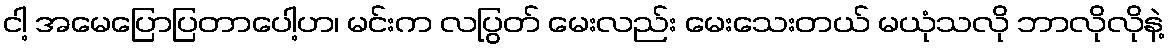
ငါ့ အမေပြောပြတာပေါ့ဟ၊ မင်းက လပြွတ် မေးလည်း မေးသေးတယ် မယုံသလို ဘာလိုလိုနဲ့